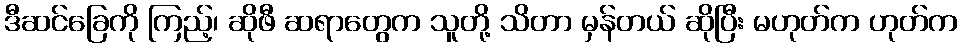
ဒီဆင်ခြေကို ကြည့်၊ ဆိုဖီ ဆရာတွေက သူတို့ သိတာ မှန်တယ် ဆိုပြီး မဟုတ်က ဟုတ်က